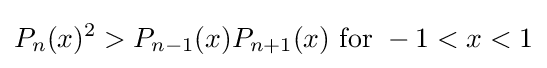
\,\!P_{n}(x)^{2}>P_{n-1}(x)P_{n+1}(x)\ {\text{for}}\ -1<x<1